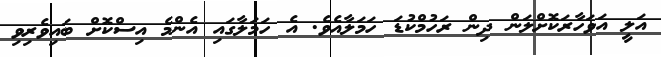
އަލީ އަވަހާރަކޮށްލަން ދިން ރަހުމްކުޑަ ހަމަލާއެވެ. އެ ހަމަލާގައި އެންމެ އިސްކޮށް ބައިވެރިވި